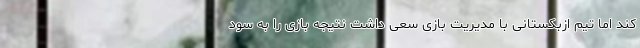
کند اما تیم ازبکستانی با مدیریت بازی سعی داشت نتیجه بازی را به سود